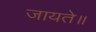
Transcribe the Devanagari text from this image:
जायते॥